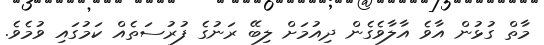
މާތް ގުޅުން އާވެ އާލާވެގެން ދިއުމަށް ލިބޭ ރަނުގެ ފުރުސަތެއް ކަމުގައި ވުމެވެ.